King Institute of Preventive Medicine Micro-Biological Section reports 1909-11
Year: 1909
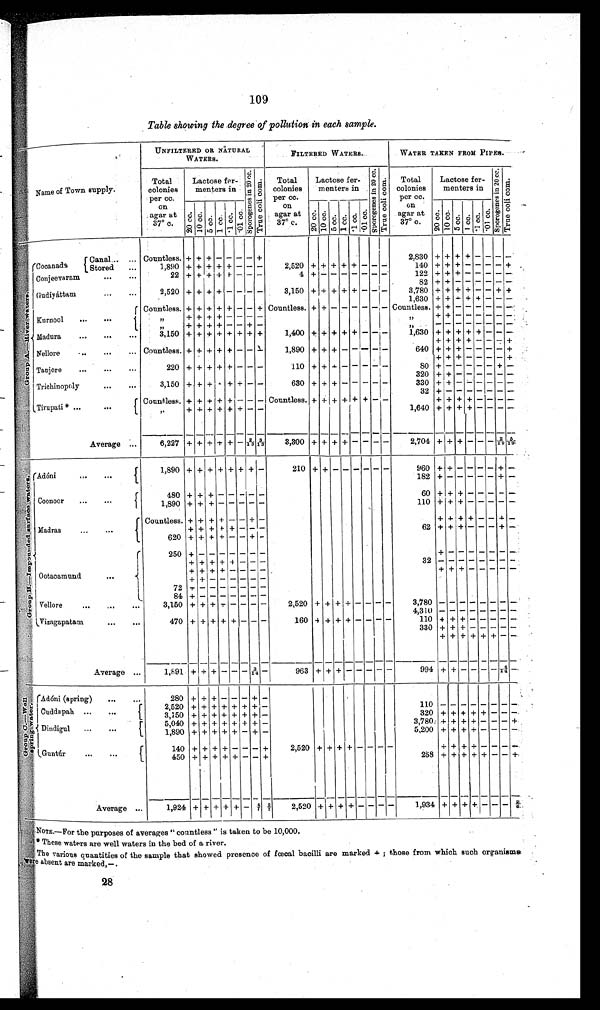
109
Table showing the degree of pollution in each sample.
Name of Town supply.
UNFILTERED OR NATURAL
WATERS.
FILTERED WATERS.
WATER TAKEN FROM PIPES.
Tota
l lonies
per cc.
o n
agar at
37° c
Lactose fer
menters in
S p o r o g e n e s i n 2 0 c c .
T r u e c o l i c o m .
Total
colonies
per cc.
on
agar at
37° c.
Lactose fer-
menters in
S p o r o g e n e s i n 2 0 c c . T r u e i n c o l i c o m
Total
colonies
per cc.
on
aga at
37º c.
Lactose fer
menters in
S p o r o g e n e s i n 2 0 2 0 c c .
T r u e c o l i c o m
20 cc.
1 0 c c .
5 c c .
1 c c .
. 1cc
. 1 c c .
2 0 c c . 10 cc.
5 c c . 1 c c . . 1 c c . 0 1 c c .
2 0 c c . 1 0 c c .
5 c c .
5 c c . 1 c c . . 1 .
G r o u p A . — R i v e r w a t e r
Canal.
Cocanada
Stored...
Countless. + + + – – – – +
2,830
+ + + + – – – –
1,890
+ + + + + – — –
2,520
+ + + + + – – –
140
+ + + – – – – +
Conjeevaram
... ...
22
+ + + + + – – –
4 +
– – – –
– –
–
122
+
+ + –
– – –
–
82
+
+ – –
– – –
–
Gudiyáttam
...
...
2,520
+ + + + – – – –
3,150
+ + + + + – – –
3,780
+ + + + – – + +
1,630
+ + +
+ + – –
–
Countless. + + + + + – – + Countless. + + – – – – – – Countless. + + – – – – –
–
Kurnool
...
...
, ,
+
+
+
+
+
–
–
–
, ,
+
+ – –
– – –
–
, ,
+
+
+
+
– – – –
,,
–
– — –
– – –
–
1,400
+
+ + + + + – –
–
1,630
Madura
...
...
...
3,150 + + + + + + + +
+ + + + – – –
+ + + +
–
– — +
Nellore
... ...
... Countless
+ + + + + – – –
1,890 + + + – – – – –
640
+ + + –
– – – +
+ + +
–
– – – +
Tanjore
...
...
...
220 + + + + + – — µ
110 + +
+ – – – – –
8 0 +
– – –
– – +
–
320
+
+ – –
– – –
–
Trichinopoly
...
...
3,150
+ +
+ –
+ +
– –
630 + + + -
– – – –
330 + +
– –
– – –
–
32
+
— – –
– – –
–
Tirupati * ... ...
Countless. + + + + + – – – Countless. + + + + + + - —
+ + + + +
– – – –
,,
+
+ + + + +
– –
1,640 + + + + – – – –
6,227
3,300 +
2,704
Average ...
+ + + + + -
– –
+ + +
– – – –
+ + + -
– – 2 / 1 9
5 / 1 9
1,890 + + + + + + + –
210
+
+ – – –
– –
–
960
+ + –
– – – +
–
G r o u p B . — I m p o r t e d s u r f a c e w a t e r s .
Adóni
.. ...
182
– –
–
– + –-
Coonoor
...
...
480 + + +
– –
– –
–
60
+ + + - - - - -
1,890 + + + – – – – –
110
+
+ +
–
– – –
–
Madras
...
...
Countless. + + + + - – + –
+
+ +
+
– – –
–
+ ++ +
+
+
–
–
–
62 + + +
– – +
–
620 ++ + +
– – +
–
250
+
– –
– – –
– –
+
–
– – – – –
–
32
Ootacamund
...
+ + +
+ + – – –
– –
– – – – –
–
+ + + +
– – – –
+ + + – –
–
–
—
+ + –
– – – –
–
72
+
– –
– – – –
84
+ – –
– – – –
–
Vellore
3,150 + + + + – – – –
2,520 + + + + - – –
–
3,780
– – – –
– – –
–
4,310
– – – – – – –
–
Vizagapatam
...
...
470 + + + + + – –
–
160 + + + + – – – –
110 +
+ + – – – –
–
330 + + + – – – – –
+ + +
+ + +
–
–
----- - -
Average ...
1,891
+
+ +
–
–
–
3 / 1 4
–
963
+-
+
+ –
–
– –
–
994 + +
–
– – 4 / 1 4
–
G r o u p C . – W e l l s p r i n g w a t e r
Adóni (spring)
...
280 + + + – – – +
–
2,520 + + + + + + + –
110
– –
– – – –
–
–
Cuddapah ...
...
3,150 +
++ + + + –
320 + + + ++ – –
–
5,040 + + + + + + + –
3,780
+ +
+
+ – –
–
+
Dindigul
...
...
1,890 + + + + + -
-
5,200 + + + + - – –
–
+
Guntúr
140
+ +
+ – –
– +
2,520
+ + + +
– – – –
+ +
+ + – –
–
–
450 + + + + +
– – +
288 + + + + + – –
+
1,924 + +
2 . 7
2,520 + +
1,934
Average ...
+ + + -
4 / 7
+ +
–
– – –
+ + + + – –
–
2 / 6
NOTE.—For the purposes of averages "countless" is taken to be 10,000.
These waters are well waters in the bed of a river.
The various quantities of the sample that showed presence of fœcal bacilli are marked+; those from which such organisms
were absent are marked,–.
28